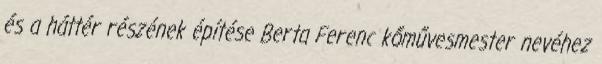
és a háttér részének építése Berta Ferenc kőművesmester nevéhez